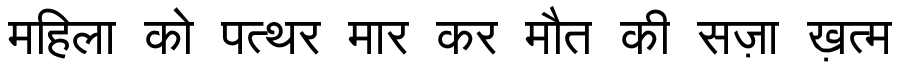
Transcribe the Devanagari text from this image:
महिला को पत्थर मार कर मौत की सज़ा ख़त्म